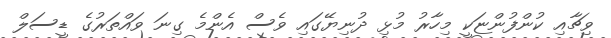
ވިޗާއި ކުންފުންޏަކީ މިހާރު މުޅި ދުނިޔޭގައި ވެސް އެންމެ ގިނަ ވައްތަރުގެ ޑީސަލް